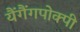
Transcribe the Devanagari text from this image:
यैंगैंगपोक्पी